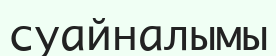
суайналымы